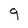
Character: 9